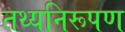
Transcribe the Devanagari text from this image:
तथ्यनिरूपण